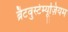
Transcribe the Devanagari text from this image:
ब्रैटवुर्स्टम्यूज़ियम